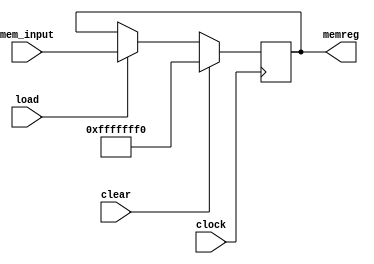
module memreg (input clock,
			input [31:0] mem_input,
			input load,
			input clear,
			output reg [31:0] memreg
);
		
	always @ (posedge clock) begin
			if (clear) begin
			
				//we need to decide on default case, 0?
				memreg = {{7{4'b1111}},4'b0000};
				
			end else if (load) begin
			
				memreg = mem_input;
			
			end 
			
	end
endmodule